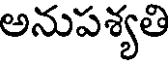
అనుపశ్యతి